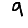
Digit: 9